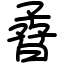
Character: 孴